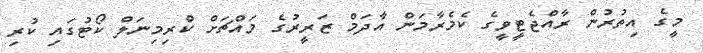
މީގެ އިތުރުން ރާއްޖެޓީވީގެ ކެމެރާމަން އާދަމް ޒަރީރުގެ މައްޗަށް ކްރިމިނަލް ކޯޓުގައި ކުރި